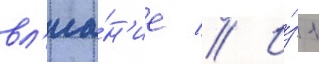
вл'иа́н'ие // И́з 1